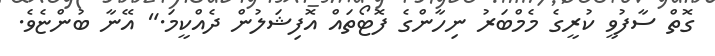
ގޮތް ސާފުވީ ކުރީގެ މެމްބަރު ނިހާންގެ ފޮޓޯތައް އޮފިޝަލުން ދެއްކީމަ." އޭނާ ބުންޏެވެ.